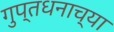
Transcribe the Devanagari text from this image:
गुप्तधनाच्या